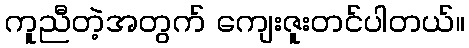
ကူညီတဲ့အတွက် ကျေးဇူးတင်ပါတယ်။